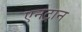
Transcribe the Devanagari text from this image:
एनट्रान